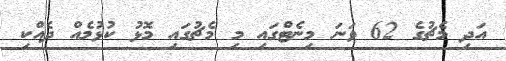
އަދި މެޗުގެ 62 ވަނަ މިނެޓްގައި މި މެޗުގައި މޮޅު ކުޅުމެއް ދެއްކި